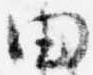
田